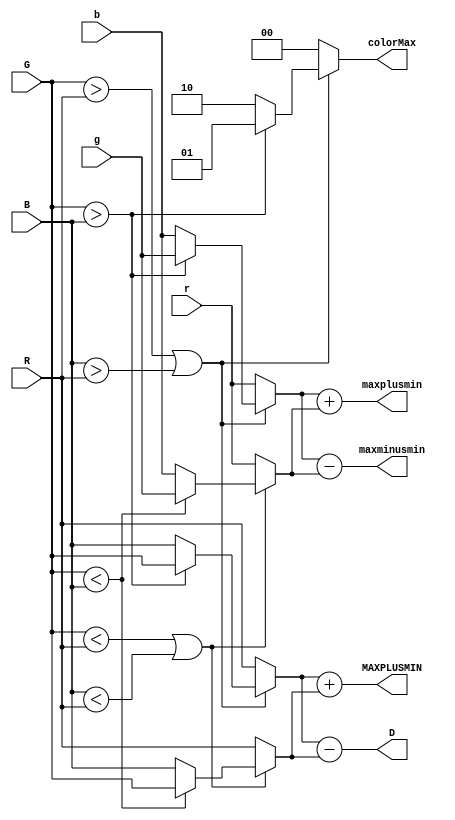
// MIN-MAX-SELECTOR module
// Inputs:
// 	[R,G,B] = [0..255] in 8 bits
//    [r,g,b] = [0..1] in 2.16 fixed point
// Outputs:
// 	MAXPLUSMIN  = [0..510] in 9 bits
//    D           = [0.255] in 8 bits
//		maxplusmin  = [0..1] in 2.16 fixed point
// 	maxminusmin = [0..1] in 2.16 fixed point
//    colorMax		= [0,1,2] corresponding to [red, green, blue]

module min_max_selector (
	input  [7:0]  R,
	input  [7:0]  G,
	input  [7:0]  B,
	input  [17:0] r,
	input  [17:0] g,
	input  [17:0] b,
	output reg [8:0] MAXPLUSMIN,
	output reg [17:0] maxplusmin,
	output reg [17:0] maxminusmin,
	output reg [7:0]  D,
	output reg [1:0]  colorMax
);

reg [17:0] max, min;
reg [7:0]  MAX, MIN;
always @(*) begin

	// Get max values
	if ((G > R) || (B > R)) begin
		if (G > B) begin
			max <= g;
			MAX <= G;
			colorMax <= 2'd1;
		end 
		else begin
			max <= b;
			MAX <= B;
			colorMax <= 2'd2;
		end
	end
	else begin
		max <= r;
		MAX <= R;
		colorMax <= 2'd0;
	end
	
	// Get min value
	if ((G < R) || (B < R)) begin
		if (G < B) begin
			min <= g;
			MIN <= G;
		end
		else begin
			min <= b;
			MIN <= B;
		end
	end 
	else begin
		min <= r;
		MIN <= R;
	end
	
	// Calculate Max + Min and Max - Min in both [0..255] and [0..1]
	MAXPLUSMIN  <= MAX + MIN;
	D <= MAX-MIN;
	maxplusmin  <= max + min;
	maxminusmin <= max - min;
	
end

endmodule